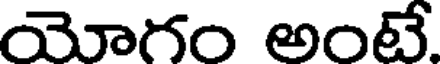
యోగం అంటే